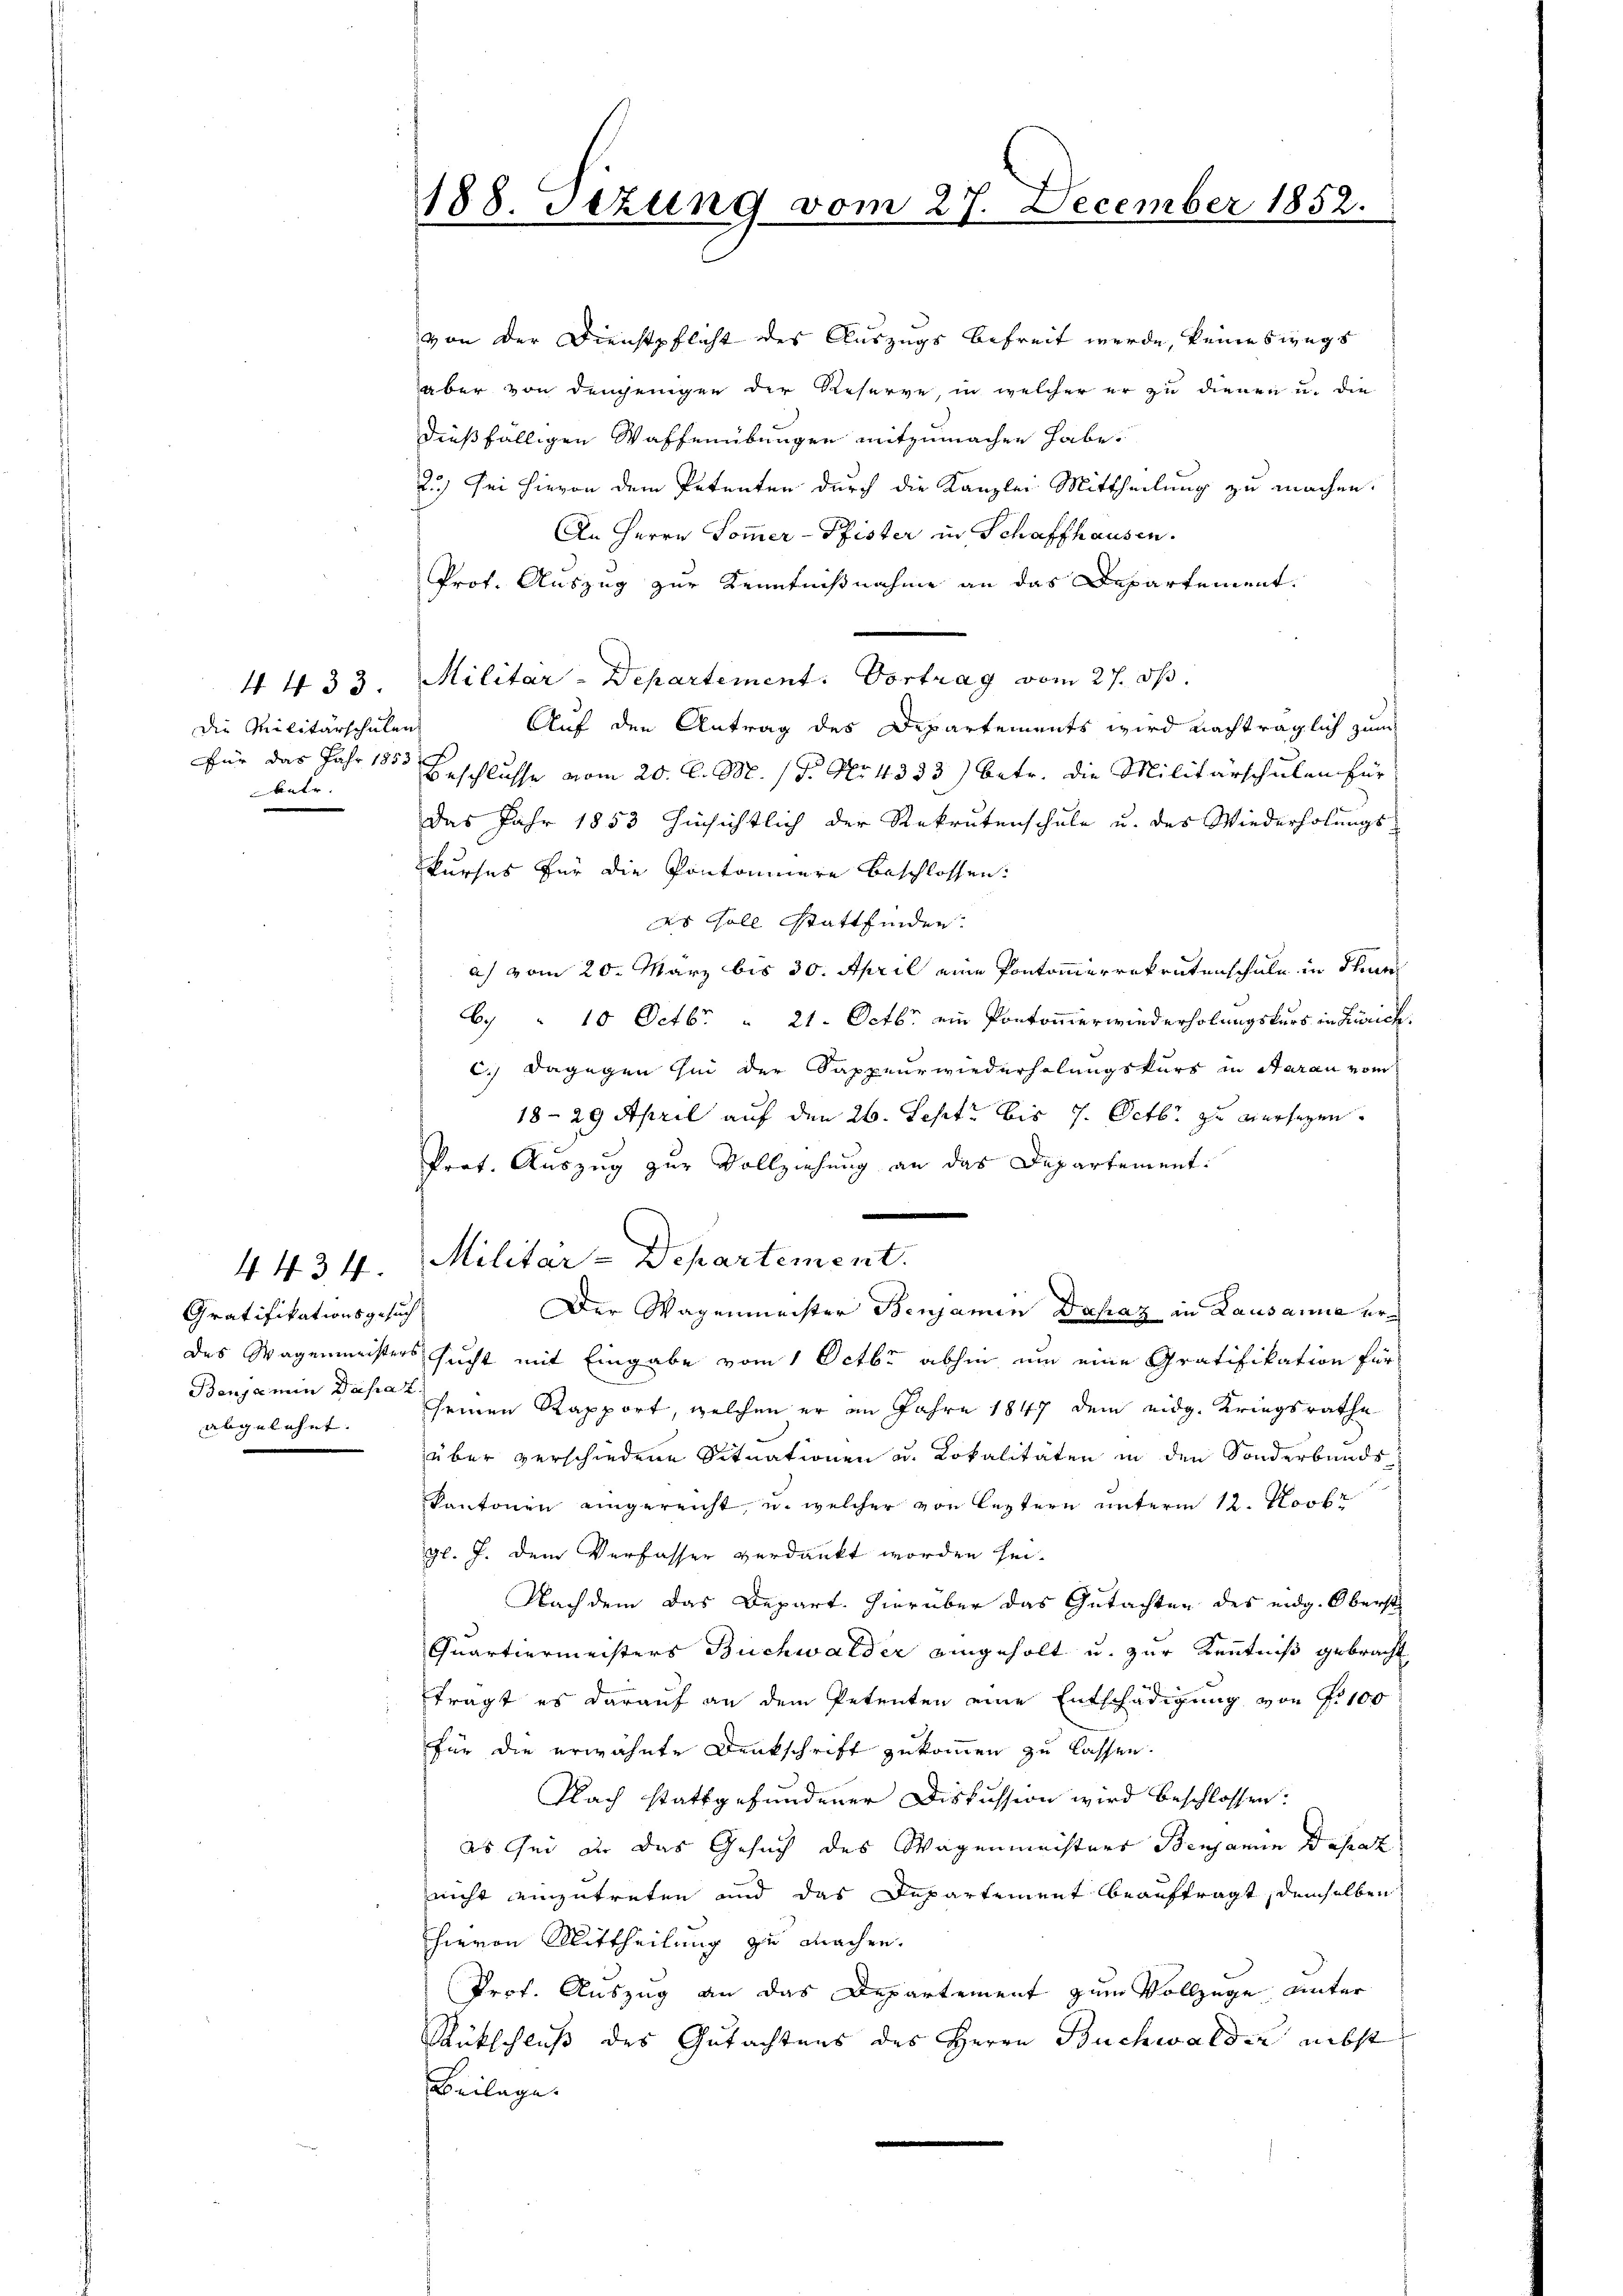
die Militärschulen
betr.

Gratifikationsgesuch
Benjamin Dahaz
abgelehnt.

von der Dienstpflicht des Auszugs befreit werde, keineswegs
aber von demjenigen der Reserve, in welcher er zu dienen u. die
dießfälligen Waffenübungen mitzumachen habe.
2.) Sei hievon dem Petenten durch die Kanzlei Mittheilung zu machen.
An Herrn Pommer-Pfister in Schaffhausen.
Prof. Auszug zur Kenntnißnahme an das Departement.
4 433. Militar-Departement. Vortrag vom 27. dβ.
Auf den Antrag des Departements wird nachträglich zum
Für das Jahr 1850 Beschlusse vom 20. d. M. (T. No 4333) betr. die Militärschulen für
das Jahr 1853 hinsichtlich der Rekrutenschule u. des Wiederholungs
kurses für die Pontoniere beschlossen:
as Fall Stattfinden.
a) vom 20. März bis 30. April eine Pontommerrekrutenschule in Thur
6. " 10 Octbr " 21. Octbr ein Pontomerwiederholungskurs in Zürich.
c.) Dagegen sei der Sappeur wiederholungskurs in Aarau vom
18-29 April auf den 26. Sept: bis 7. Octbr zu versezen.
Prot. Auszug zur Vollziehung an das Departement.
4434. Militär-Departement.
Der Wagenmeister Benjamin Dechaz in Lausanna erdes Wagenmeisters sucht mit Eingabe vom 1 Octbr abhin um eine Gratifikation für
seinen Rapport, welchen er im Jahre 1847 dem eidg. Kriegsrathe
über verschiedene Situationen u. Lokalitäten in den Sonderbunds
kantonen eingereicht u. welcher von leztern ŭnterm 12. Novbr
gl. J. dem Verfasser verdankt worden sei¬
Nachdem das Depart hierüber das Gutachten des eidg. Oberst
Quartiermeisters Buchwalder eingeholt u. zur Kenntniß gebracht
trägt es darauf an dem Petenten eine Entschädigung von Fr. 100
für die erwähnte Denkschrift zukommen zu lassen.
Nach stattgefundener Diskussion wird beschlossen:
as sei in das Gesuch des Wagenmächtens Benjamin desrat
nicht einzutreten und das Departement beauftragt, demselben
hievon Mittheilung zu machen.
Prof. Auszug an das Departement zum Vollzuge unter
Rückschluß des Gutachtens des Herrn Buchwalder nebst
Beilage.

188. Sezung vom 27. December 1852.